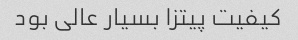
کیفیت پیتزا بسیار عالی بود